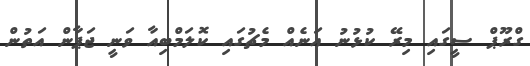
ގްރޫޕް ސީގައި މިރޭ ކުޅުނު އަނެއް މެޗުގައި ކޮލަމްބިއާ ވަނީ ޖަޕާން އަތުން